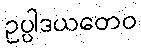
ဥပ္ပါဒယတေဝ